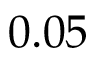
0 . 0 5